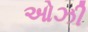
ઓઝી